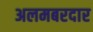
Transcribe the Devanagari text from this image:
अलमबरदार